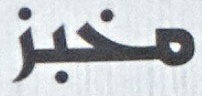
مخبز